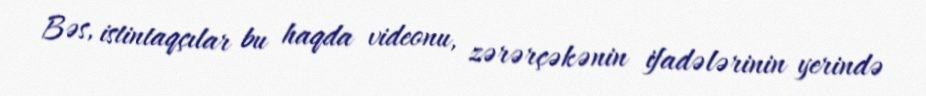
Bəs, istintaqçılar bu haqda videonu, zərərçəkənin ifadələrinin yerində